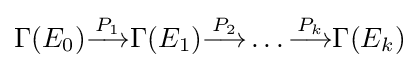
\Gamma (E_{0}){\stackrel {P_{1}}{\longrightarrow }}\Gamma (E_{1}){\stackrel {P_{2}}{\longrightarrow }}\ldots {\stackrel {P_{k}}{\longrightarrow }}\Gamma (E_{k})